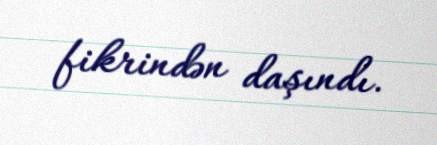
fikrindən daşındı.